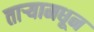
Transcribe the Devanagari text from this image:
ताऱ्यामधून